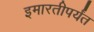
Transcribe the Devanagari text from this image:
इमारतीपर्यंत